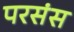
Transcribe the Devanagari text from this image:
परसंस